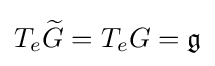
T_{e}{\widetilde {G}}=T_{e}G={\mathfrak {g}}